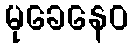
မုခေနေဝ